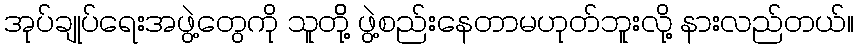
အုပ်ချုပ်ရေးအဖွဲ့တွေကို သူတိို့ ဖွဲ့စည်းနေတာမဟုတ်ဘူးလို့ နားလည်တယ်။